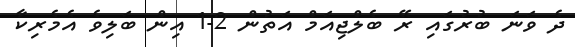
ދެ ވަނަ ބުރުގައި ރޭ ބެލްޖިއަމް އަތުން 2-1 އިން ބަލިވެ އެމެރިކާ